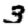
Digit: 3